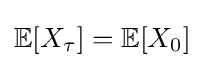
\mathbb {E} [X_{\tau }]=\mathbb {E} [X_{0}]